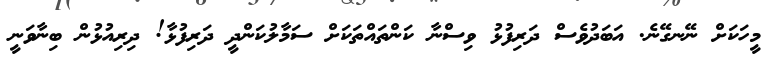
މީހަކަށް ނޭނގޭނެ. އަބަދުވެސް ދަރިފުޅު ވިސްނާ ކަންތައްތަކަށް ސަމާލުކަންދީ ދަރިފުޅާ! ދިރިއުޅުން ބިނާވަނީ